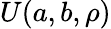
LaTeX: U(a,b,\rho)